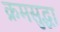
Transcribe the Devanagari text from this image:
क्रमसुद्धा